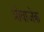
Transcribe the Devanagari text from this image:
प्रोवाजेक